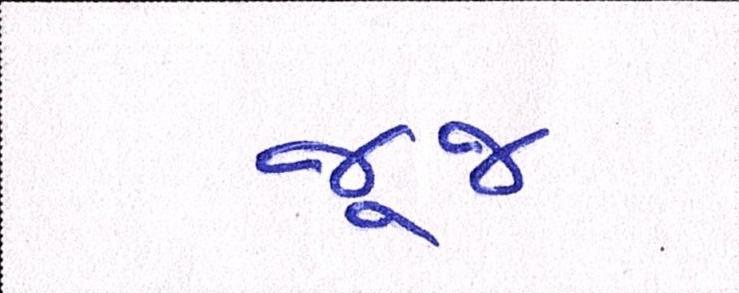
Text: જૂજ